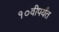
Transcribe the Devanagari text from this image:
१०वीपर्यंत